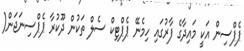
ޕެޕްސިން އަކީ މައިދާގެ ފާރުގައި ހިމެނޭ ޕެޕްޓިކް ސެލް ތަކުން ދޫކުރާ ޕެޕްސިނަޖަން(